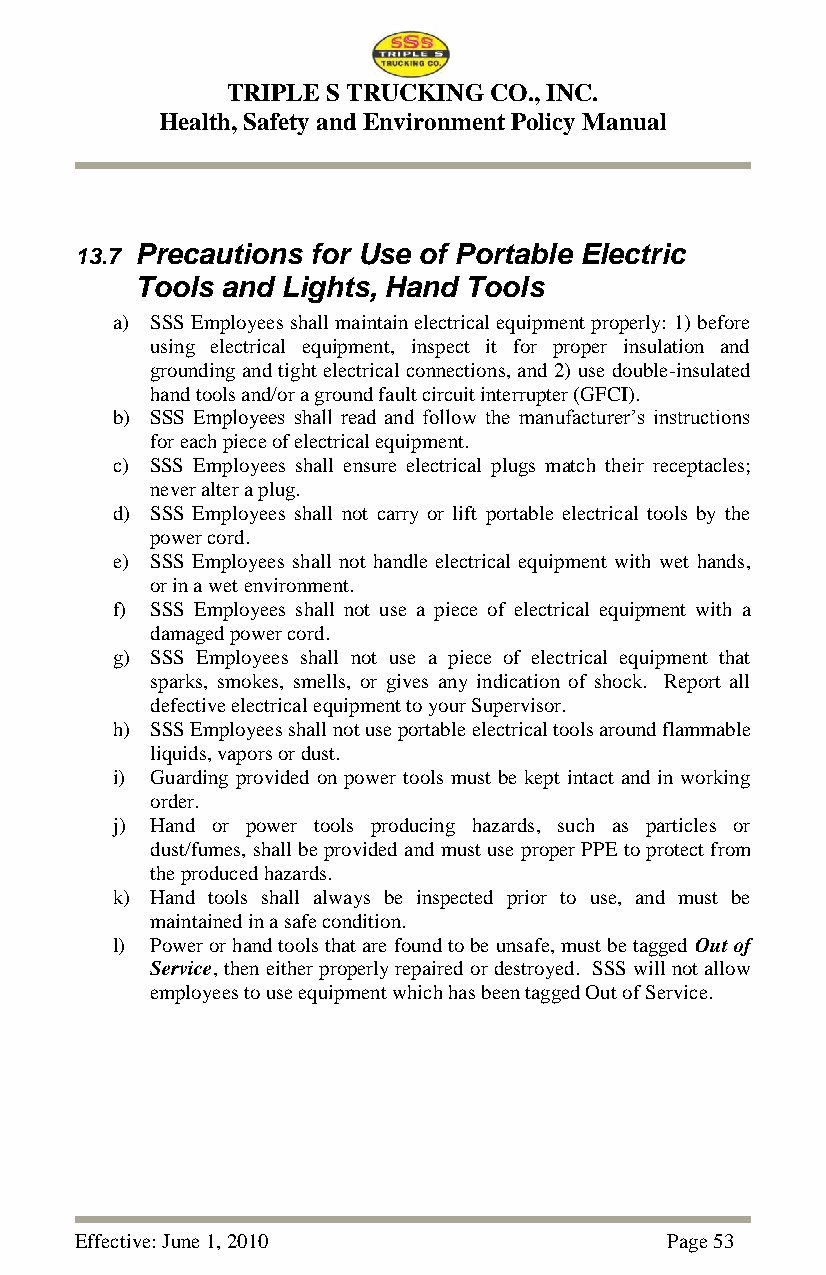
TRIPLE S TRUCKING CO., INC.
 Health, Safety and Environment Policy Manual
 13.7 Precautions for Use of Portable Electric
 Tools and Lights, Hand Tools
 a) SSS Employees shall maintain electrical equipment properly: 1) before
 using electrical equipment, inspect it for proper insulation and
 grounding and tight electrical connections, and 2) use double-insulated
 hand tools and/or a ground fault circuit interrupter (GFCI).
 b) SSS Employees shall read and follow the manufacturer‘s instructions
 for each piece of electrical equipment.
 c) SSS Employees shall ensure electrical plugs match their receptacles;
 never alter a plug.
 d) SSS Employees shall not carry or lift portable electrical tools by the
 power cord.
 e) SSS Employees shall not handle electrical equipment with wet hands,
 or in a wet environment.
 f) SSS Employees shall not use a piece of electrical equipment with a
 damaged power cord.
 g) SSS Employees shall not use a piece of electrical equipment that
 sparks, smokes, smells, or gives any indication of shock. Report all
 defective electrical equipment to your Supervisor.
 h) SSS Employees shall not use portable electrical tools around flammable
 liquids, vapors or dust.
 i) Guarding provided on power tools must be kept intact and in working
 order.
 j) Hand or power tools producing hazards, such as particles or
 dust/fumes, shall be provided and must use proper PPE to protect from
 the produced hazards.
 k) Hand tools shall always be inspected prior to use, and must be
 maintained in a safe condition.
 l) Power or hand tools that are found to be unsafe, must be tagged Out of
 Service, then either properly repaired or destroyed. SSS will not allow
 employees to use equipment which has been tagged Out of Service.
 Effective: June 1, 2010                Page 53